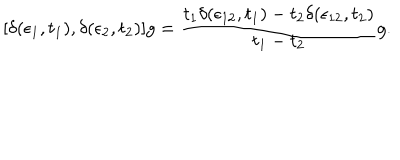
[ \delta ( \epsilon _ { 1 } , t _ { 1 } ) , \delta ( \epsilon _ { 2 } , t _ { 2 } ) ] g = { \frac { t _ { 1 } \delta ( \epsilon _ { 1 2 } , t _ { 1 } ) - t _ { 2 } \delta ( \epsilon _ { 1 2 } , t _ { 2 } ) } { t _ { 1 } - t _ { 2 } } } g .